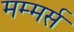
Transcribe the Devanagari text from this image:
मम्मर्स